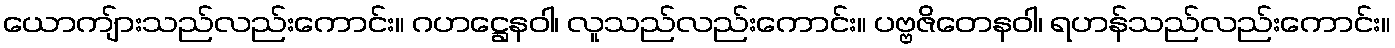
ယောကျ်ားသည်လည်းကောင်း။ ဂဟဋ္ဌေနဝါ၊ လူသည်လည်းကောင်း။ ပဗ္ဗဇိတေနဝါ၊ ရဟန်သည်လည်းကောင်း။